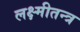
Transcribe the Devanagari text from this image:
लक्ष्मीतन्त्र